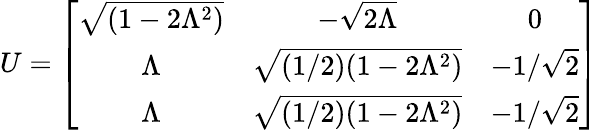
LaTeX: U=\left[\begin{array}{ccc}{{\sqrt{(1-2\Lambda^{2})}}}&{{-\sqrt{2\Lambda}}}&{{0}}\\ {{\Lambda}}&{{\sqrt{(1/2)(1-2\Lambda^{2})}}}&{{-1/\sqrt{2}}}\\ {{\Lambda}}&{{\sqrt{(1/2)(1-2\Lambda^{2})}}}&{{-1/\sqrt{2}}}\end{array}\right]